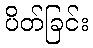
ပိတ်ခြင်း